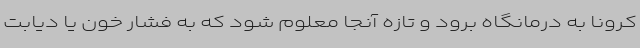
کرونا به درمانگاه برود و تازه آنجا معلوم شود که به فشار خون یا دیابت